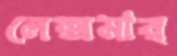
লেক্সমার্